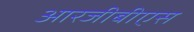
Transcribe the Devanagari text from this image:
आरजीबीएस